Leningradi_Edasi_toimetus, lk 43
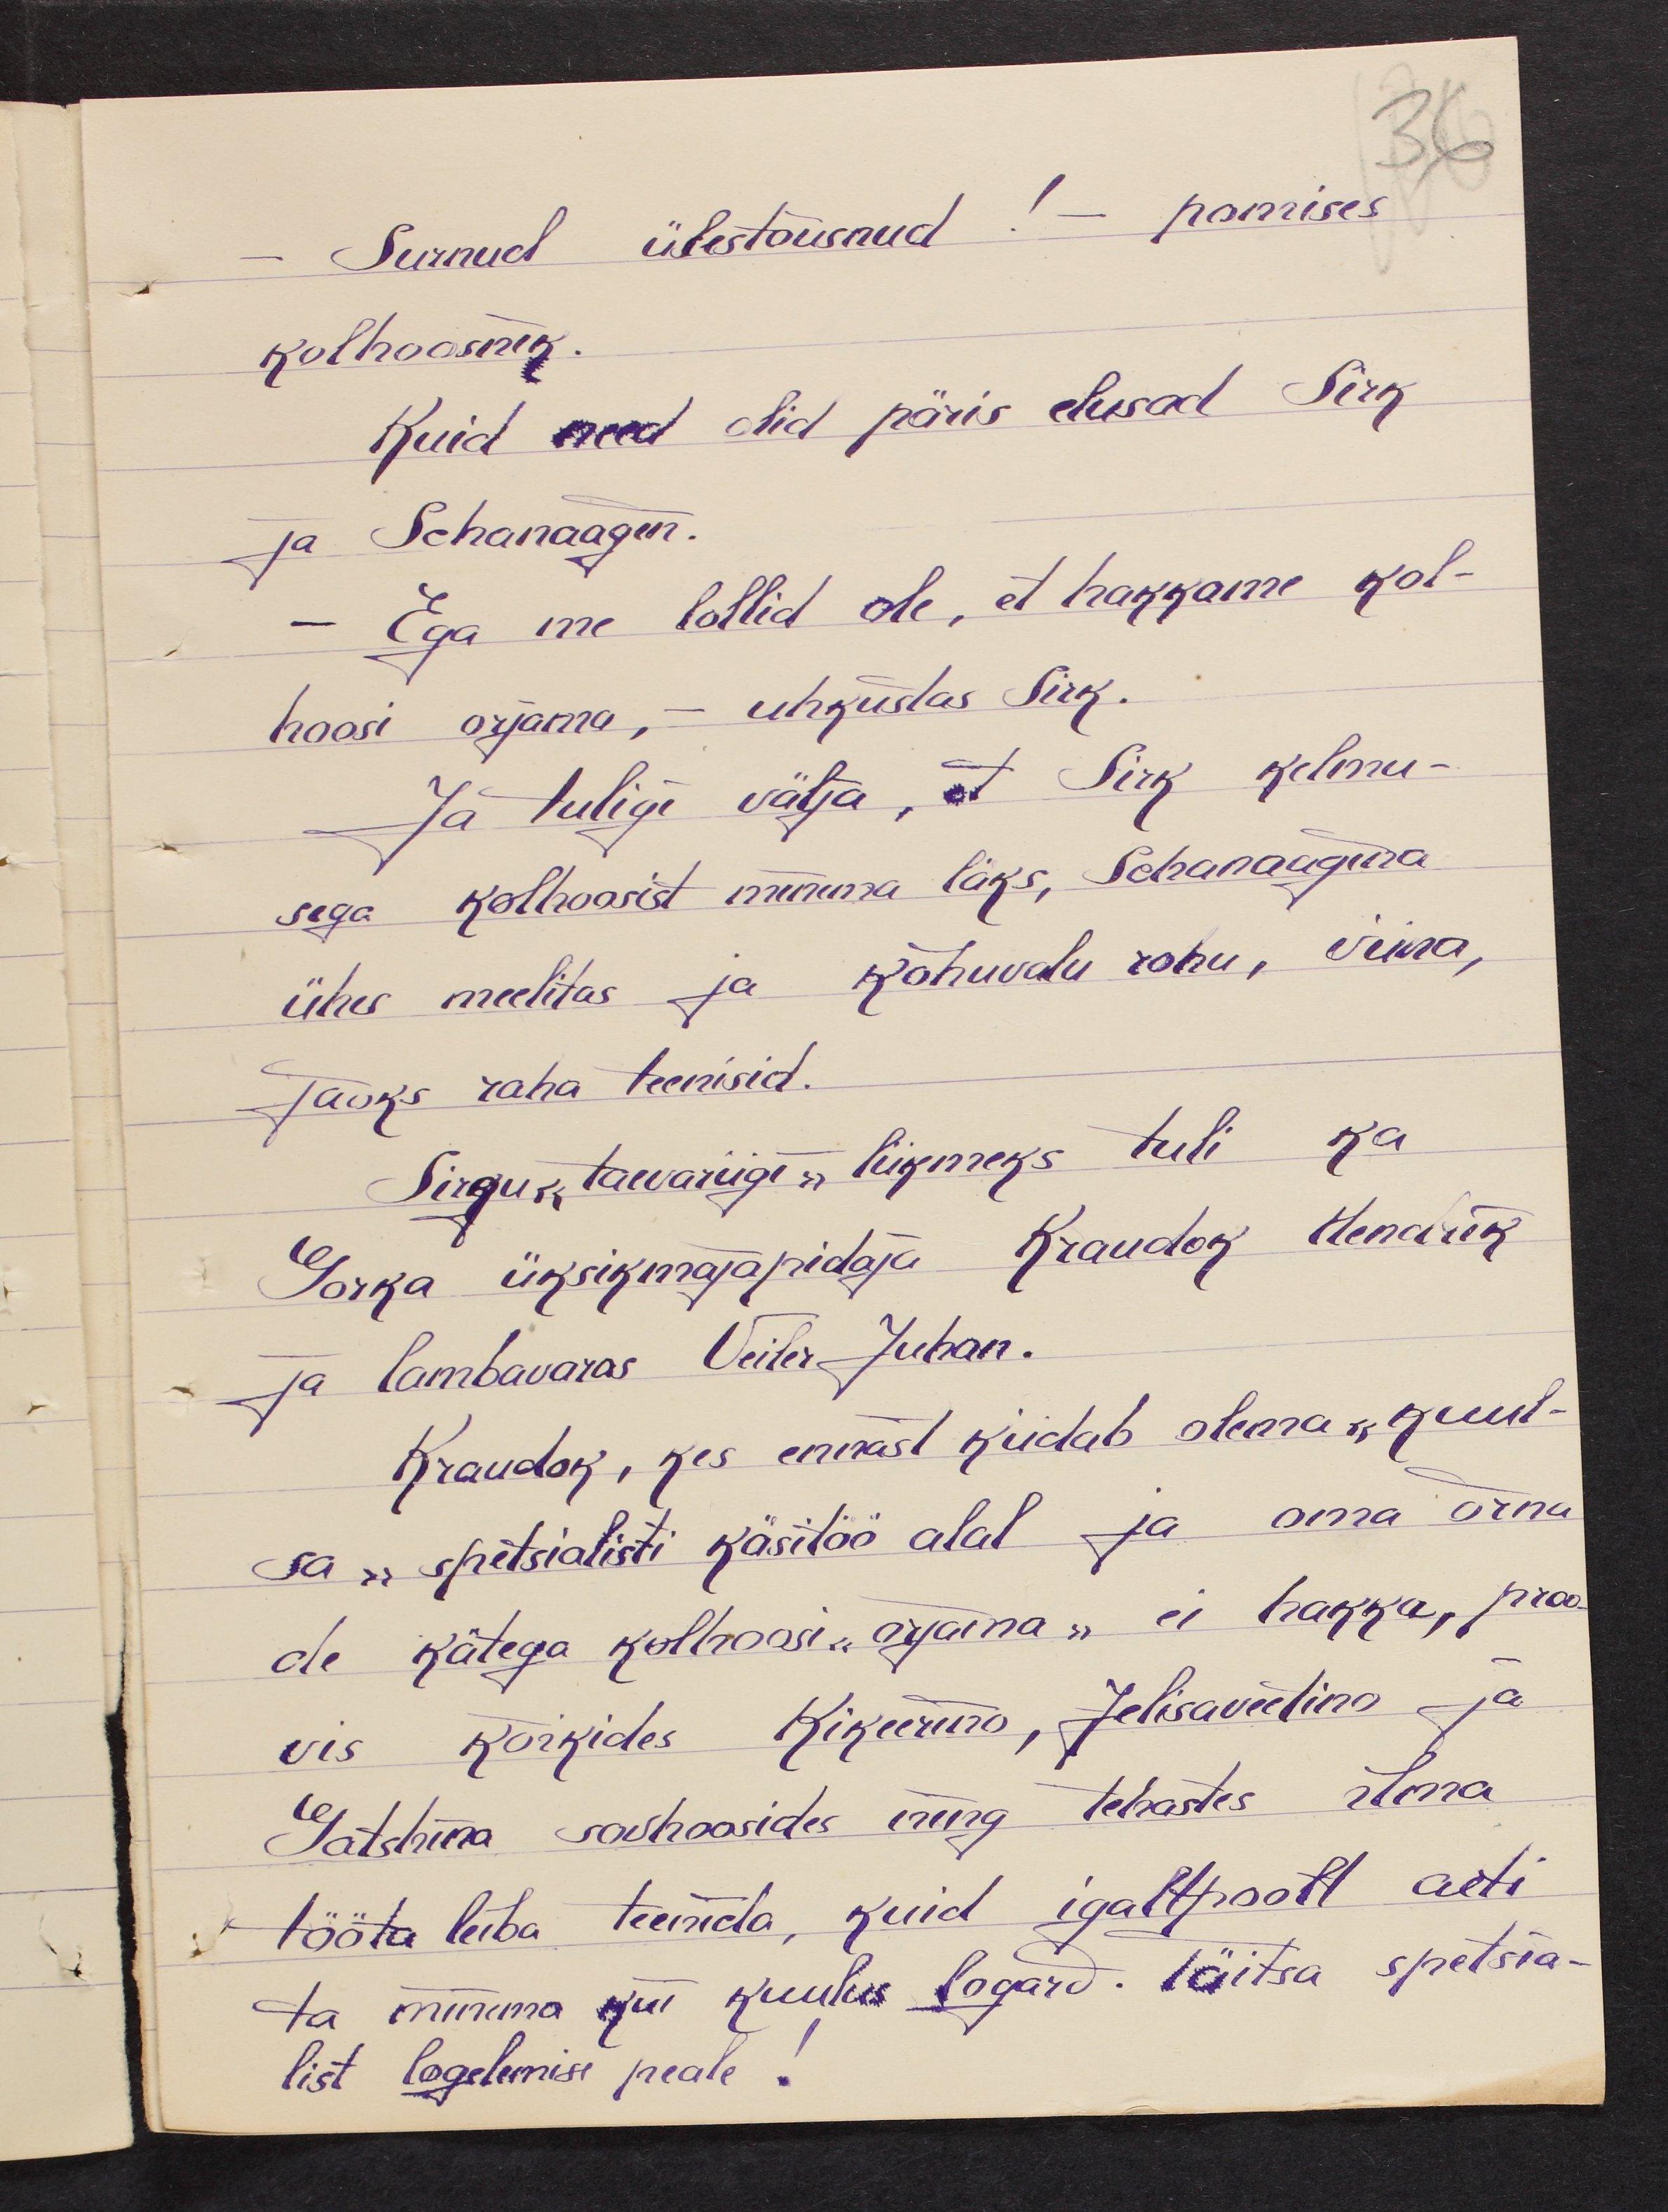
36
- Surnud ülestõusnud! -pomises
kolhoosnik.
Kuid need olid päris elusad Sirk
ja Schanaagin.
Ega me lollid ole, et hakkame kol-
hoosi orjama, - uhkustas Sirk.
- Ja tuligi välja, et Sirk kelmu-
sega kolhoosist minema läks, Schanaagina
ühes meelitas ja kõhuvalu rohu, viina,
Jaoks raha teenisid.
Sirgu "taevariigi" liikmeks tuli ka
Gorka üksikmajapidaja Kraudok Hendrik
ja lambavaras Veiller Juhan.
Kraudok, kes ennast kiidab olema "kuul-
sa" speitsialisti käsitöö alal ja oma õrna
de kätega kolhoosi "orjama " ei hakka, proo-
vis kõikides Kikeerino, Jelisaveetino ja
Gatshina sovhoosides ning tehastes ilma
tööta leiba teenida, kuid igaltpoolt aeti
ta minema kui kuulus logard. Täitsa spetsia-
list logelemise peale!